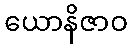
ယောနိဇာဝ